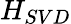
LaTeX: H_{SVD}